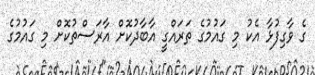
ގެ ވާގިފުޅާ އެކު މި ގައުމުގެ ތަރައްގީ އާބާދުކޮށް އާރަސްތުކޮށް މި ގައުމުގެ